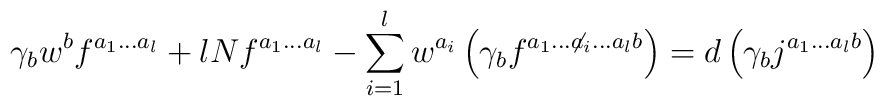
\gamma_bw^bf^{a_1...a_l}+lNf^{a_1...a_l}-\sum_{i=1}^{l}w^{a_i}\left(\gamma_bf^{a_1...{\not a_i}...a_lb}\right)=d \left(\gamma_bj^{a_1...a_lb}\right)